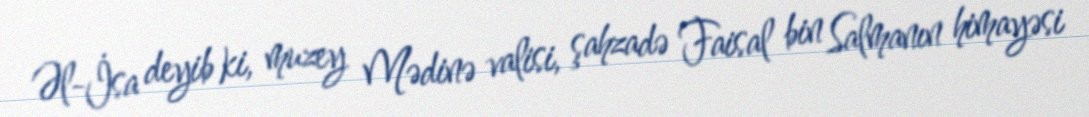
Əl-İsa deyib ki, muzey Mədinə valisi, şahzadə Faisal bin Salmanın himayəsi